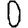
Digit: 0